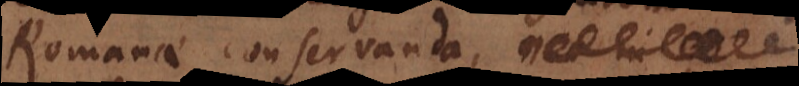
Romanae conservanda,